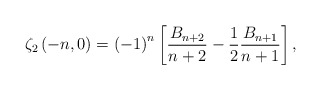
\begin{align*}\zeta_{2}\left(-n,0\right)=\left(-1\right)^{n}\left[\frac{B_{n+2}}{n+2}-\frac{1}{2}\frac{B_{n+1}}{n+1}\right],\end{align*}